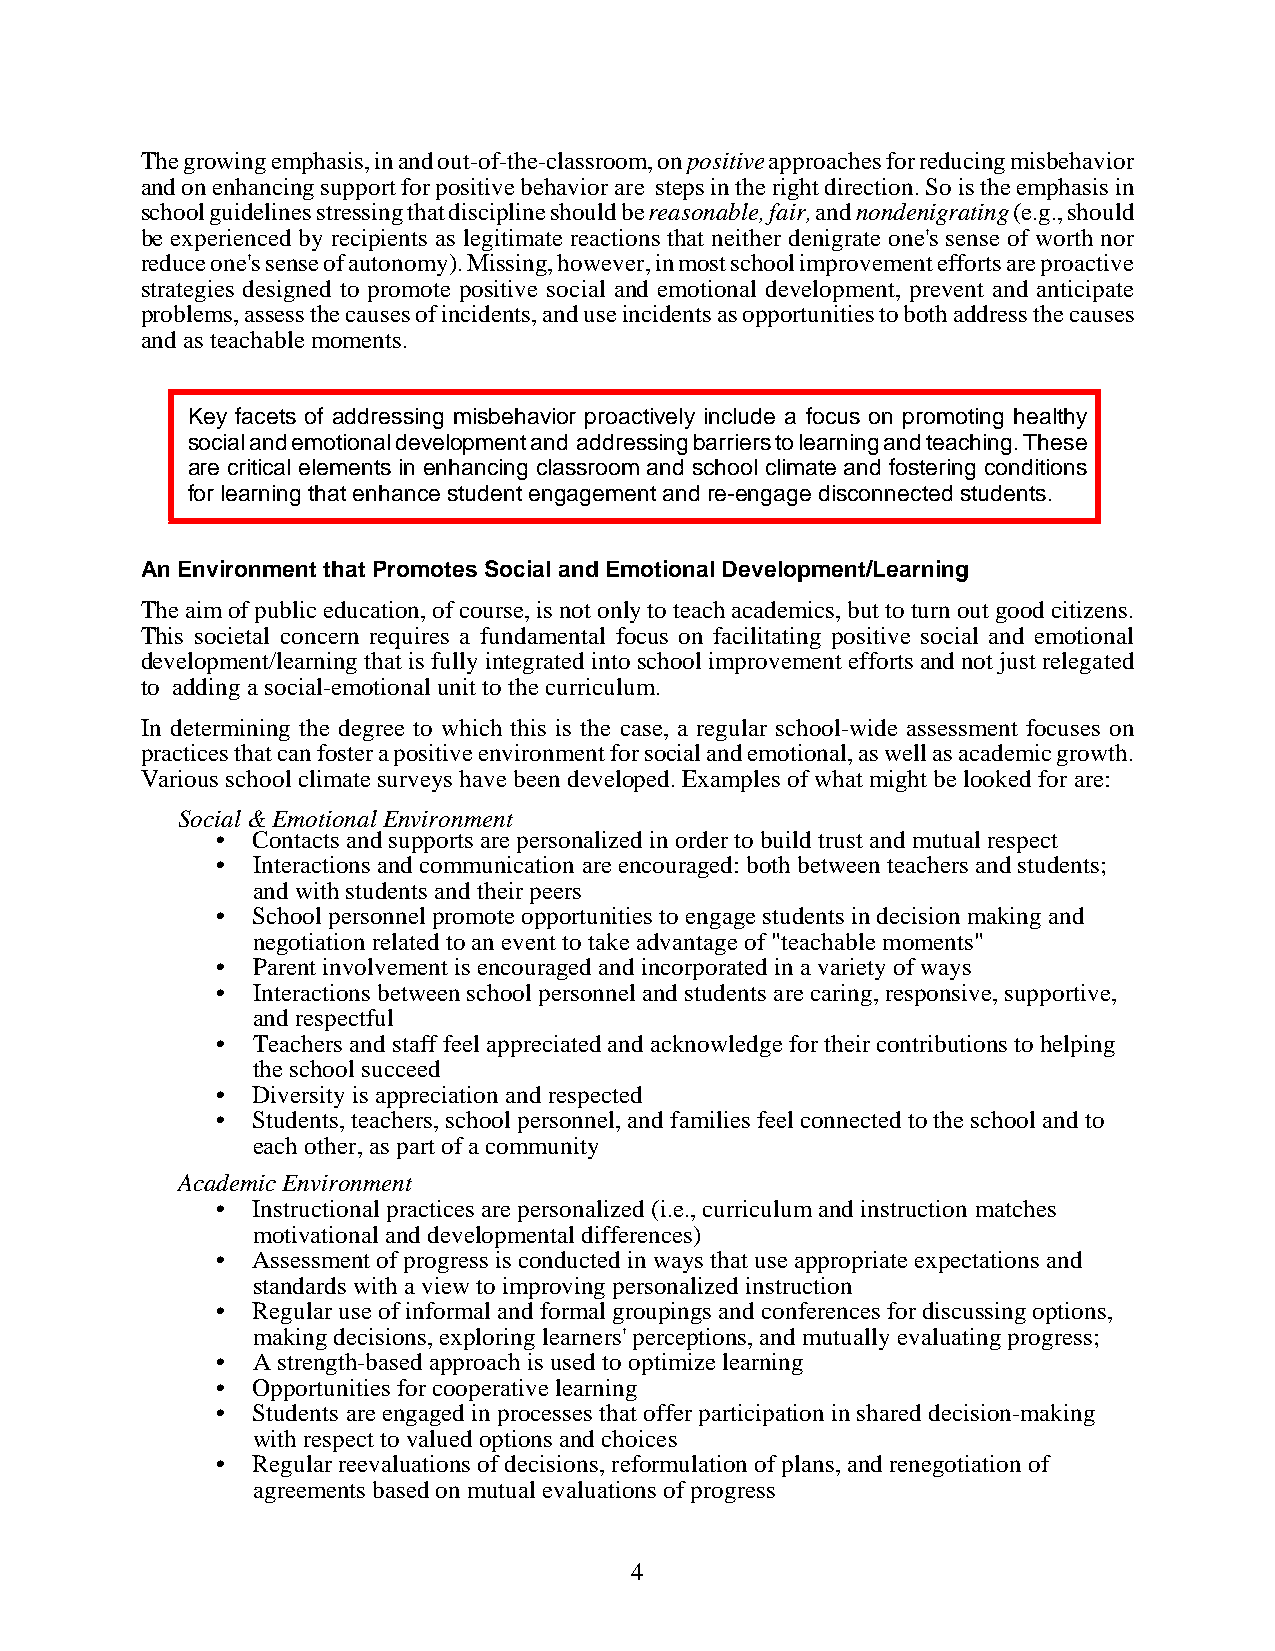
The growing emphasis, in and out-of-the-classroom, on positive approaches for reducing misbehavior
 and on enhancing support for positive behavior are steps in the right direction. So is the emphasis in
 school guidelines stressing that discipline should be reasonable, fair, and nondenigrating (e.g., should
 be experienced by recipients as legitimate reactions that neither denigrate one's sense of worth nor
 reduce one's sense of autonomy). Missing, however, in most school improvement efforts are proactive
 strategies designed to promote positive social and emotional development, prevent and anticipate
 problems, assess the causes of incidents, and use incidents as opportunities to both address the causes
 and as teachable moments.
 Key facets of addressing misbehavior proactively include a focus on promoting healthy
 social and emotional development and addressing barriers to learning and teaching. These
 are critical elements in enhancing classroom and school climate and fostering conditions
 for learning that enhance student engagement and re-engage disconnected students.
 An Environment that Promotes Social and Emotional Development/Learning
 The aim of public education, of course, is not only to teach academics, but to turn out good citizens.
 This societal concern requires a fundamental focus on facilitating positive social and emotional
 development/learning that is fully integrated into school improvement efforts and not just relegated
 to adding a social-emotional unit to the curriculum.
 In determining the degree to which this is the case, a regular school-wide assessment focuses on
 practices that can foster a positive environment for social and emotional, as well as academic growth.
 Various school climate surveys have been developed. Examples of what might be looked for are:
 Social & Emotional Environment
 •  Contacts and supports are personalized in order to build trust and mutual respect
 •  Interactions and communication are encouraged: both between teachers and students;
 and with students and their peers
 •  School personnel promote opportunities to engage students in decision making and
 negotiation related to an event to take advantage of "teachable moments"
 •  Parent involvement is encouraged and incorporated in a variety of ways
 •  Interactions between school personnel and students are caring, responsive, supportive,
 and respectful
 •  Teachers and staff feel appreciated and acknowledge for their contributions to helping
 the school succeed
 •  Diversity is appreciation and respected
 •  Students, teachers, school personnel, and families feel connected to the school and to
 each other, as part of a community
 Academic Environment
 •  Instructional practices are personalized (i.e., curriculum and instruction matches
 motivational and developmental differences)
 •  Assessment of progress is conducted in ways that use appropriate expectations and
 standards with a view to improving personalized instruction
 •  Regular use of informal and formal groupings and conferences for discussing options,
 making decisions, exploring learners' perceptions, and mutually evaluating progress;
 •  A strength-based approach is used to optimize learning
 •  Opportunities for cooperative learning
 •  Students are engaged in processes that offer participation in shared decision-making
 with respect to valued options and choices
 •  Regular reevaluations of decisions, reformulation of plans, and renegotiation of
 agreements based on mutual evaluations of progress
 4